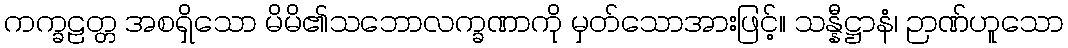
ကက္ခဠတ္တ အစရှိသော မိမိ၏သဘောလက္ခဏာကို မှတ်သောအားဖြင့်။ သန္နီဋ္ဌာနံ၊ ဉာဏ်ဟူသော